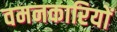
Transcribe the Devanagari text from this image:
वमनकारियों